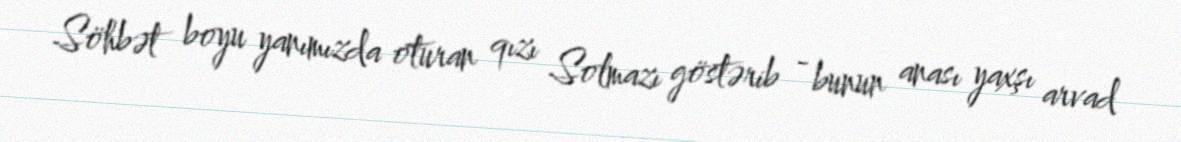
Söhbət boyu yanımızda oturan qızı Solmazı göstərib - bunun anası yaxşı arvad